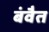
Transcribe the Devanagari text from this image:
बंवैत